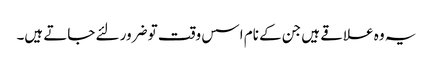
یہ وہ علاقے ہیں جن کے نام اسس وقت تو ضرور لئے جاتے ہیں۔